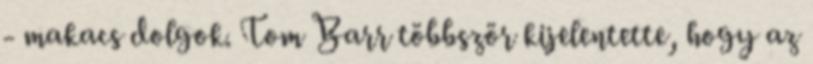
- makacs dolgok. Tom Barr többször kijelentette, hogy az